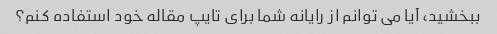
ببخشید، آیا می توانم از رایانه شما برای تایپ مقاله خود استفاده کنم؟